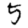
Digit: 5